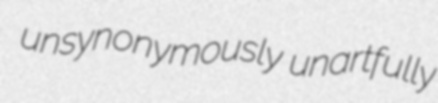
unsynonymously unartfully